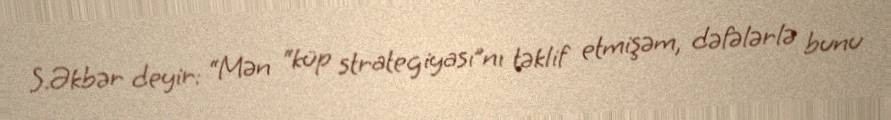
S.Əkbər deyir: “Mən “küp strategiyası”nı təklif etmişəm, dəfələrlə bunu